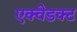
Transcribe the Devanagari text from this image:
एक्वेडक्ट